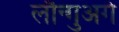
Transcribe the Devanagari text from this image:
लौन्गुअगे